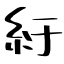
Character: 紆